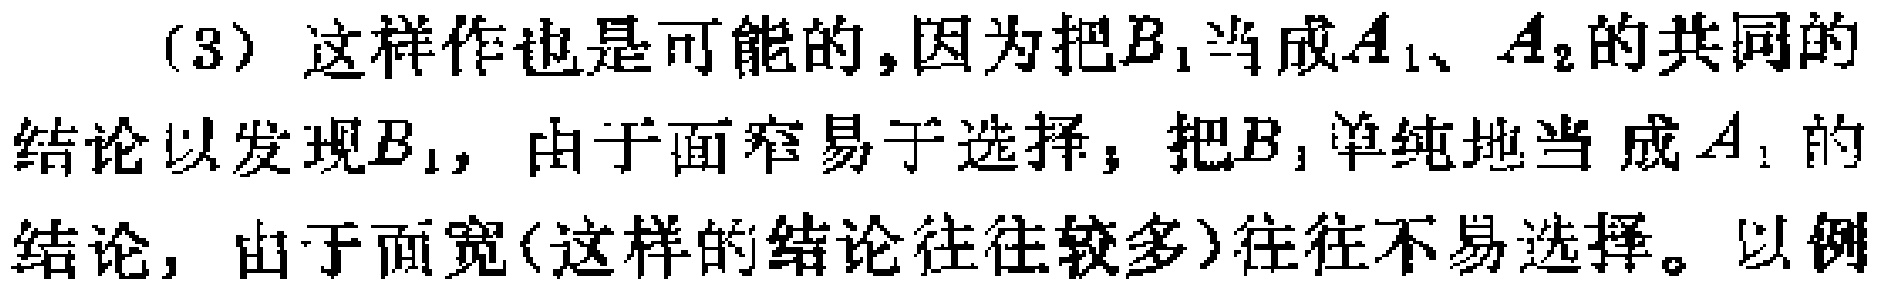
(3) 这样作也是可能的,因为把$B_{1}$当成$A_{1}$、$A_{2}$的共同的结论以发现$B_{1}$，由于面窄易于选择；把$B_{1}$单纯地当成$A_{1}$的结论，由于面宽(这样的结论往往较多)往往不易选择。以例